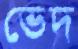
ভেদ